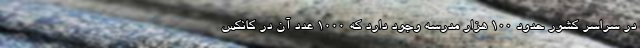
در سراسر کشور حدود ۱۰۰ هزار مدرسه وجود دارد که ۱۰۰۰ عدد آن در کانکس